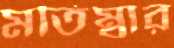
মতিম্বার